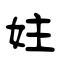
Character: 妵